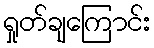
ရှုတ်ချကြောင်း